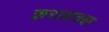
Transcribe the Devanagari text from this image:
करआवक